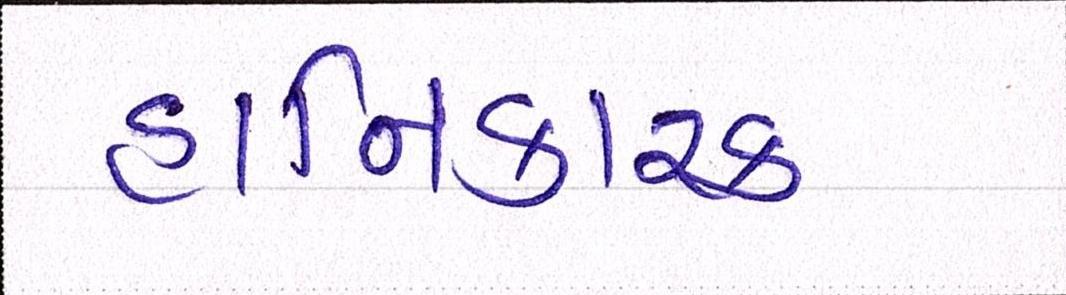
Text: હાનિકારક